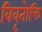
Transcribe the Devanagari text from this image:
विवृतोक्ति